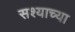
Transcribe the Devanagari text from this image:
सश्याच्या